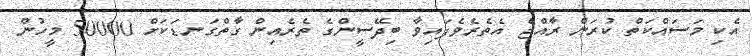
އެކި މަސައްކަތް ކުރަން ރާއްޖެ އެެތެރެވެފައިވާ ބިދޭސީންގެ ތެރެއިން ގާތްގަނޑަކަށް 50000 މީހުން